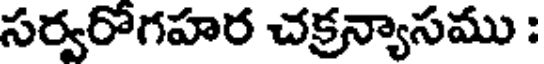
సర్వరోగహర చక్రన్యాసము :